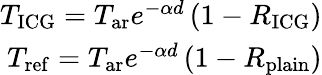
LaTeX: \begin{array}{r}{T_{\mathrm{ICG}}=T_{\mathrm{ar}}e^{-\alpha d}\left(1-R_{\mathrm{ICG}}\right)}\\ {T_{\mathrm{ref}}=T_{\mathrm{ar}}e^{-\alpha d}\left(1-R_{\mathrm{plain}}\right)}\end{array}